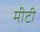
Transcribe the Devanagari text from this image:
मीटी